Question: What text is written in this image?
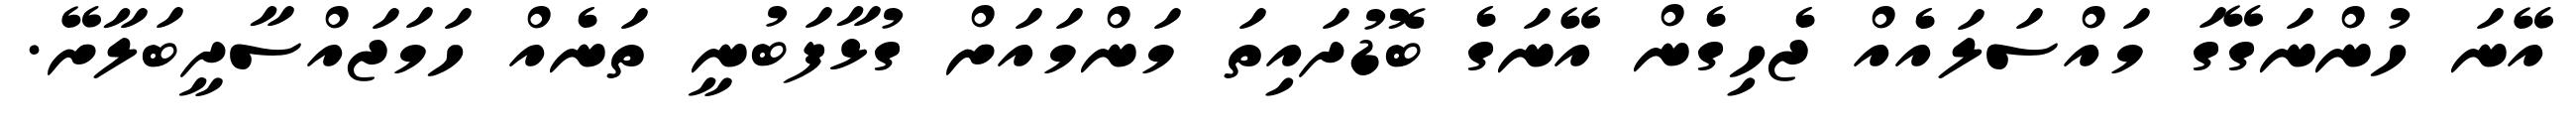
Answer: އޭނަ ހުންނަގޭގަ މައްސަލައެއް ޖެހިގެން އޭނަގެ ބޮޑުދައިތަ މަންމައަށް ގުޅާފަބުނީ ތަނެއް ހަމަޖައްސާދީބަލާށޭ.